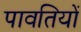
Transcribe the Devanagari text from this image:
पावतियों